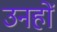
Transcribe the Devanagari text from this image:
उनहों